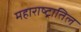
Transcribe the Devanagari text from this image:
महाराष्ट्रातिल